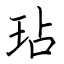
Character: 玷